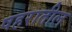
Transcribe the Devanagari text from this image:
षहरातील